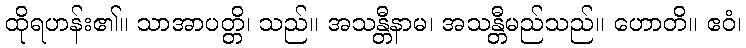
ထိုရဟန်း၏။ သာအာပတ္တိ၊ သည်။ အသန္တီနာမ၊ အသန္တီမည်သည်။ ဟောတိ။ ဧဝံ၊